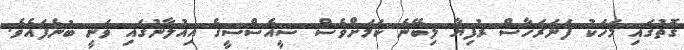
ގޮތުގައި މަހަކު ފަނަރަހާސް ރުފިޔާ ލިބޭނެ ކަމަށްވެސް ސީއެސްސީގެ އިއުލާނުގައި ވަނީ ބުނެފައެވެ.